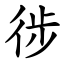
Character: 徏